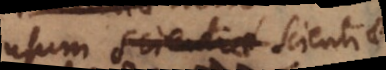
usum scientiae in